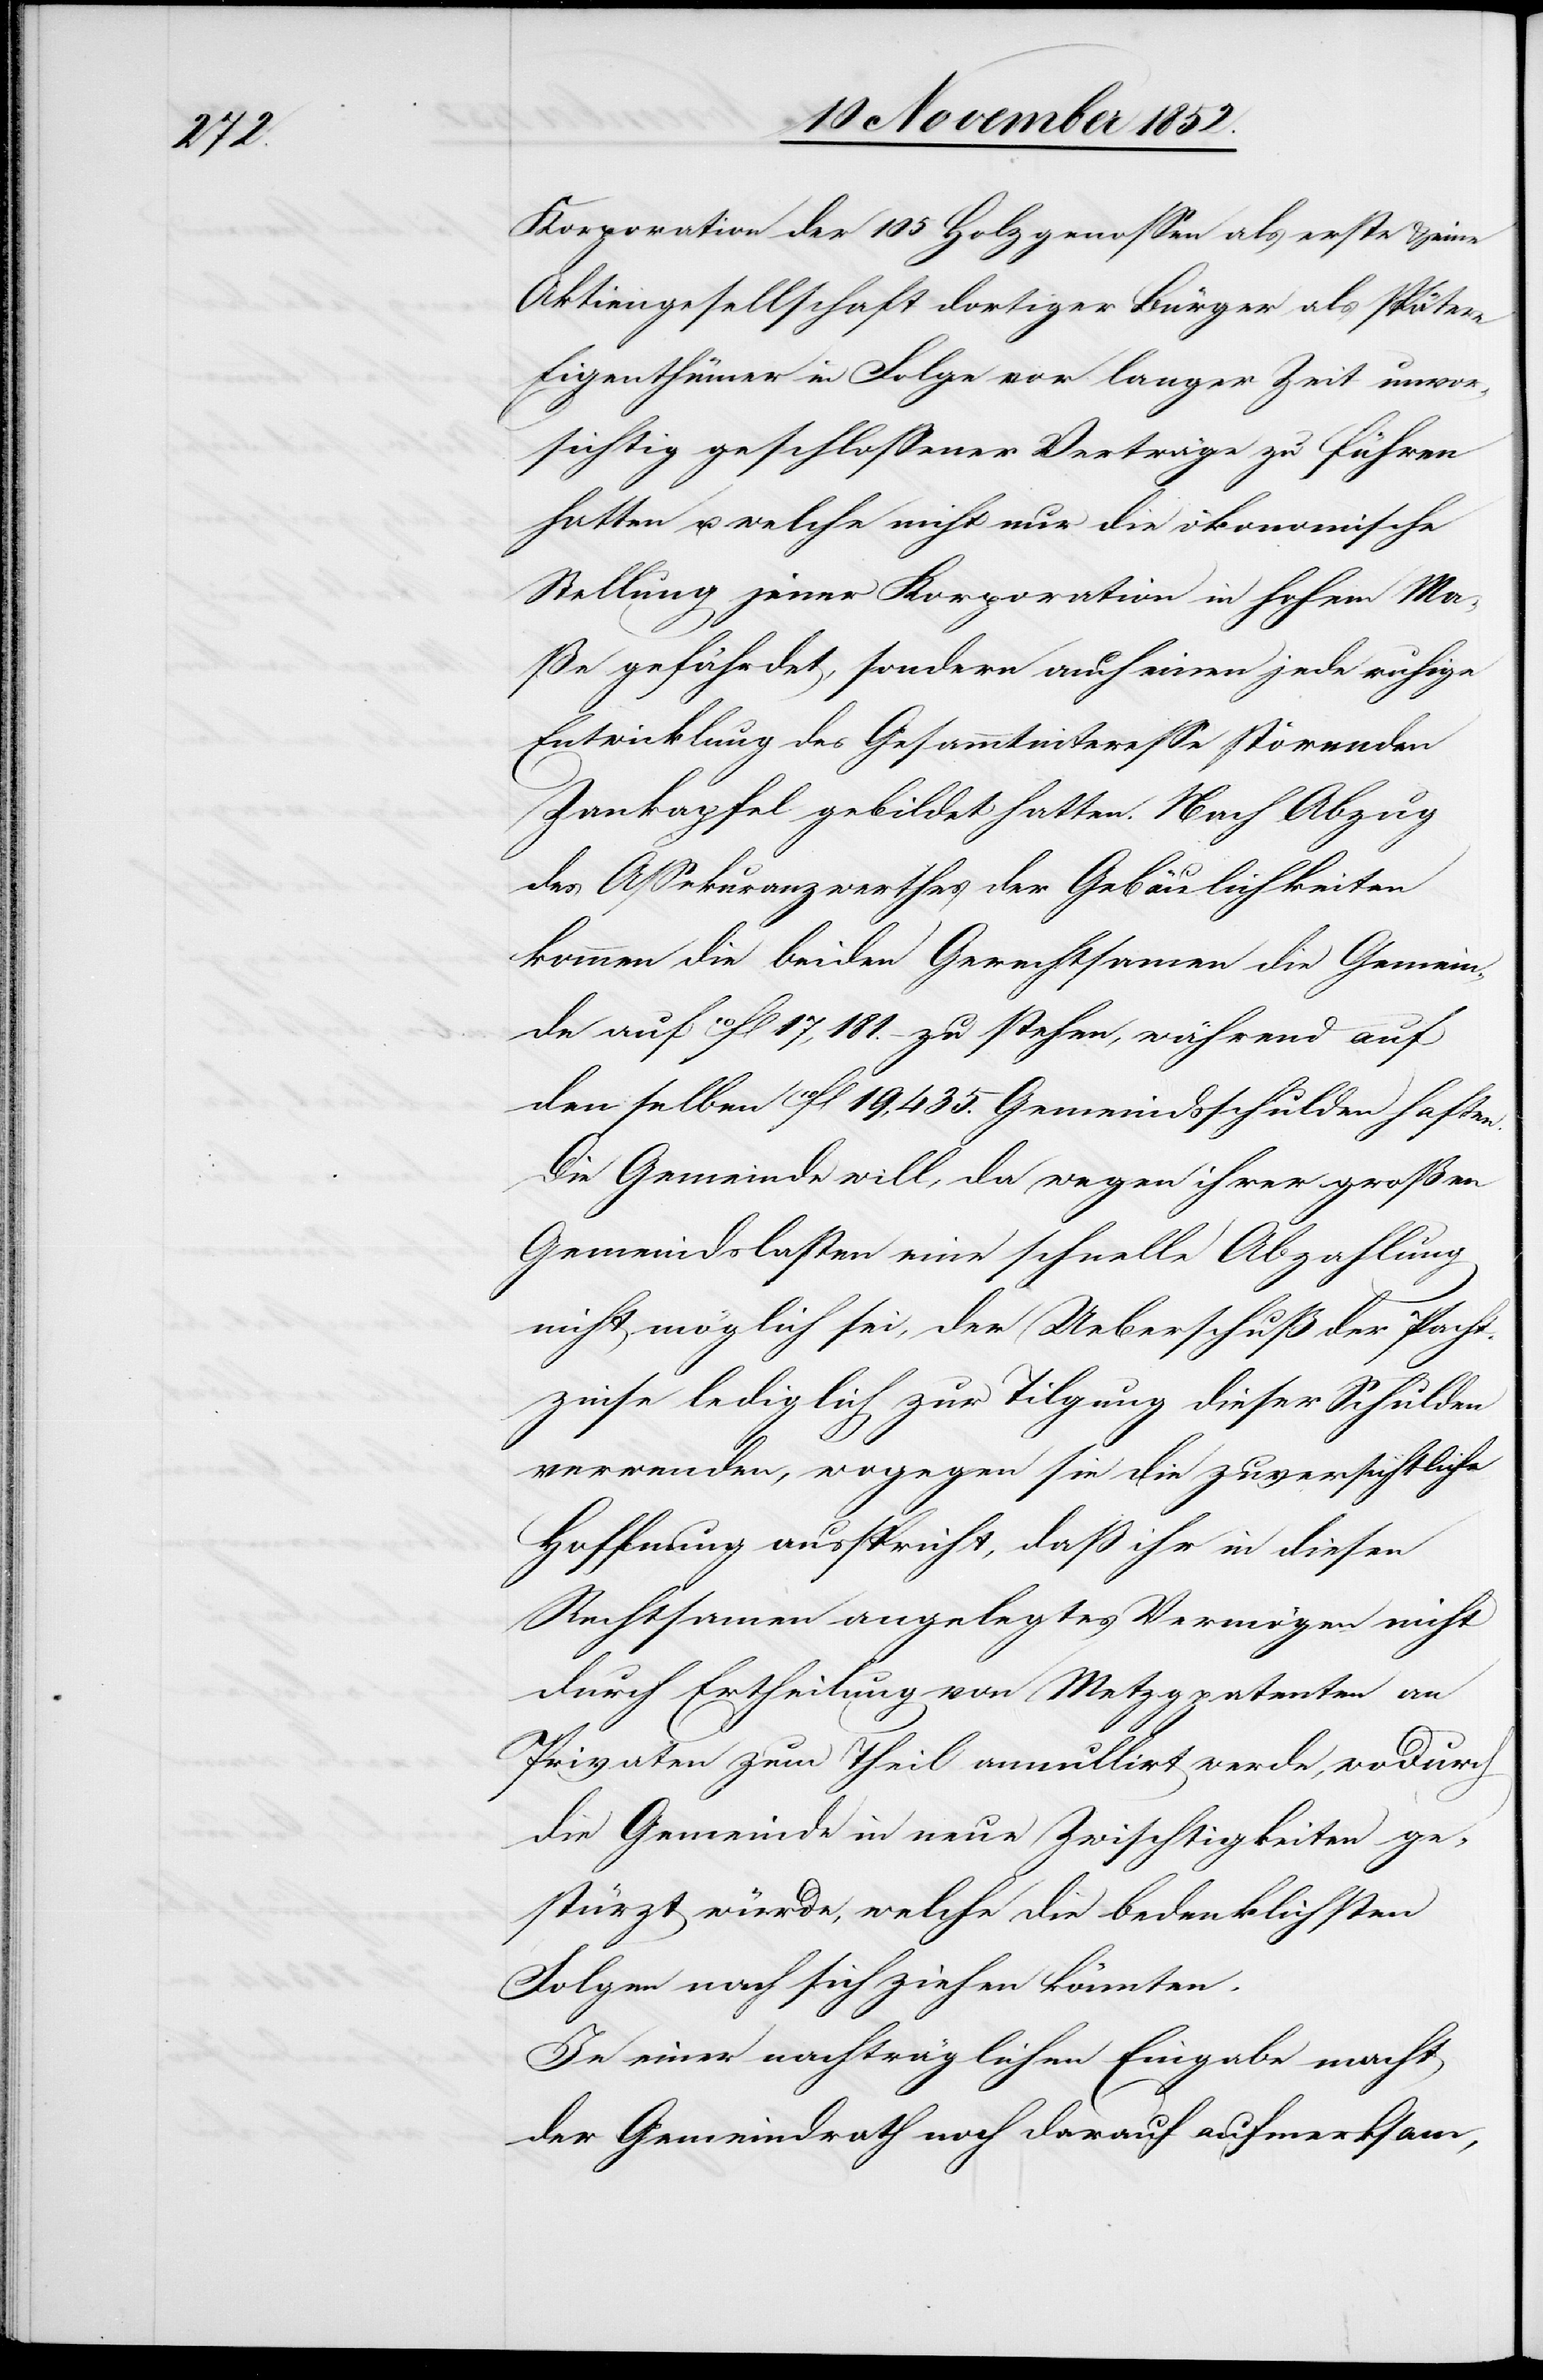
Korporation der 105 Holzgenossen als erste & eine
Aktiengesellschaft dortiger Bürger als spätere
Eigenthümer in Folge vor langer Zeit unvor¬
sichtig geschlossener Verträge zu führen
hatten u. welche nicht nur die ökonomische
Stellung jener Korporation in hohem Ma¬
ße gefährdet, sondern auch einen jede ruhige
Entwicklung des Gesammtinteresse[s] störenden
Zankapfel gebildet hatten. Nach Abzug
des Assekuranzwerthes der Gebäulichkeiten
kommen die beiden Gerechtsamen die Gemein¬
de auf 10fl 17,181. – zu stehen, während auf
den selben 10fl 19,435. Gemeindsschulden haften.
Die Gemeinde will, da wegen ihrer großen
Gemeindslasten eine schnelle Abzahlung
nicht möglich sei, der Ueberschuß der Pacht¬
zinse lediglich zur Tilgung dieser Schulden
verwenden, wogegen sie die zuversichtliche
Hoffnung ausspricht, daß ihr in diesen
Rechtsamen angelegtes Vermögen nicht
durch Ertheilung von Metzgpatenten an
Privaten zum Theil annullirt werde, wodurch
die Gemeinde in neue Zwischtigkeiten ge¬
stürzt würde, welche die bedenklichsten
Folgen nach sich ziehen könnten.
In einer nachträglichen Eingabe macht
der Gemeindrath noch darauf aufmerksam,